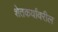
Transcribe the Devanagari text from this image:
शेतकर्यांवरील